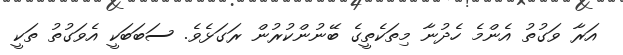
އަރާ ވަގުތު އެންމެ ހެދުނާ މިތަކެތީގެ ބޭނުންކުރުން ރަގަޅެވެ. ސަބަބަކީ އެވަގުތު ތަކީ